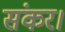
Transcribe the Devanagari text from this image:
संकर।